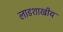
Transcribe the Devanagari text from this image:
लाडशाखीय